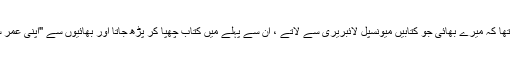
اسی سپیڈ ریڈنگ کا ایک بہت بڑا فائدہ یہ تھا کہ میرے بھائی جو کتابیں میونسپل لائبریری سے لاتے ، ان سے پہلے میں کتاب چھپا کر پڑھ جاتا اور بھائیوں سے "اپنی عمر سے بڑی" کتابیں پڑھنے پر گالیا ں کھاتا۔